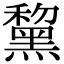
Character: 黧